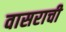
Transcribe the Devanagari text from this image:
वासराची